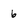
Character: 6